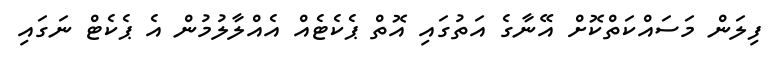
ފިލަން މަސައްކަތްކޮށް އޭނާގެ އަތުގައި އޮތް ޕެކެޓެއް އެއްލާލުމުން އެ ޕެކެޓް ނަގައި